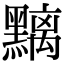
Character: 𪒔